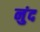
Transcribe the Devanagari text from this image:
नुंद